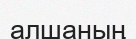
алшаның